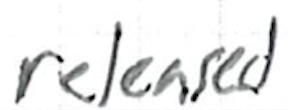
Text: released
Cross-out: clean
Writing tool: ballpoint